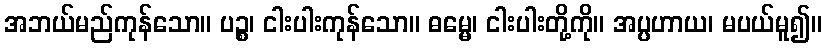
အဘယ်မည်ကုန်သော။ ပဉ္စ၊ ငါးပါးကုန်သော။ ဓမ္မေ၊ ငါးပါးတို့ကို။ အပ္ပဟာယ၊ မပယ်မူ၍။